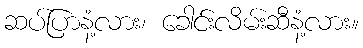
ဆပ်ပြာနံ့လား၊ ခေါင်းလိမ်းဆီနံ့လား။